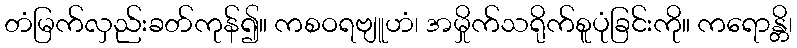
တံမြက်လှည်းခတ်ကုန်၍။ ကစဝရဗျူဟံ၊ အမှိုက်သရိုက်စူပုံခြင်းကို။ ကရောန္တိ၊